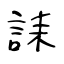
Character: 誄